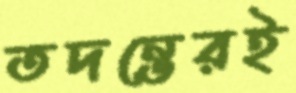
তদন্তেরই